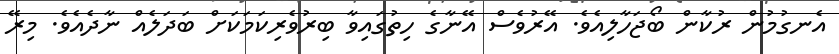
އެނގުމުން ރުކާން ބޯޖަހާލިއެވެ. އޭރުވެސް އޭނާގެ ހިތުގައިވާ ބިރުވެރިކަމަކަށް ބަދަލެއް ނާދެއެވެ. މިރޭ